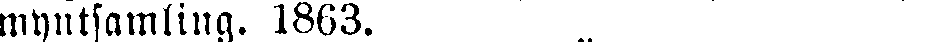
myntsamling. 1863.